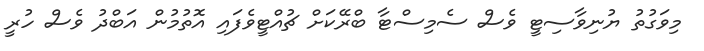
މިވަގުތު ޔުނިވާސިޓީ ވެސް ސެމިސްޓާ ބްރޭކަށް ޗުއްޓީވެފައި އޮތުމުން އަބްދު ވެސް ހުރީ